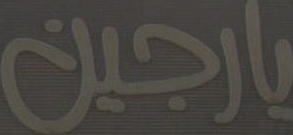
يارجين